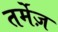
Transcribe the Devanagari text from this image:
तर्मेज़